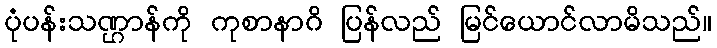
ပုံပန်းသဏ္ဌာန်ကို ကုစာနာဂိ ပြန်လည် မြင်ယောင်လာမိသည်။